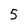
Character: 5